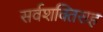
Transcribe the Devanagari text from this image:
सर्वशक्तिसह